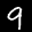
Label: 9